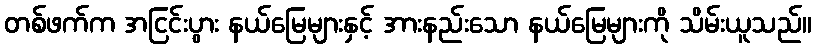
တစ်ဖက်က အငြင်းပွား နယ်မြေများနှင့် အားနည်းသော နယ်မြေများကို သိမ်းယူသည်။